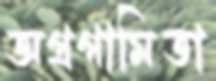
অগ্রগামিতা